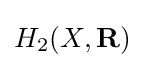
H_{2}(X,\mathbf {R} )